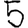
Digit: 5